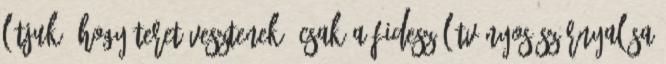
látjuk, hogy teret vesztenek. Csak a Fidesz látványos szárnyalása